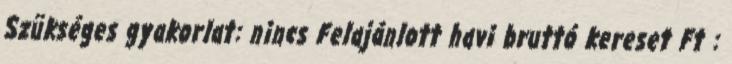
Szükséges gyakorlat: nincs Felajánlott havi bruttó kereset Ft :